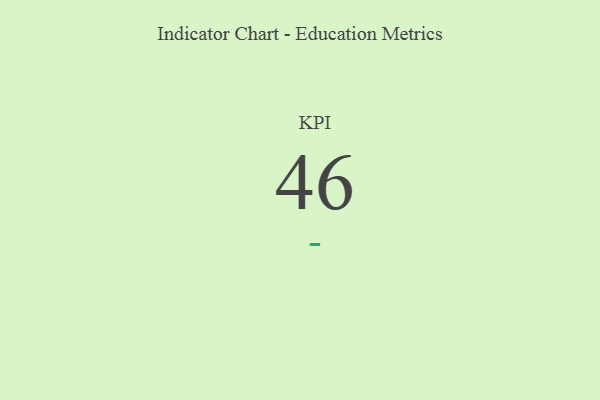
{"axis": {"x": "KPI", "y": "Value"}, "legend": [""], "data": [{"x": "KPI", "y": 46, "type": ""}]}